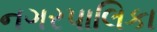
નગરપાલિકા